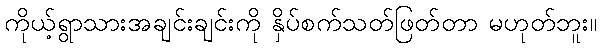
ကိုယ့်ရွာသားအချင်းချင်းကို နှိပ်စက်သတ်ဖြတ်တာ မဟုတ်ဘူး။